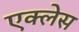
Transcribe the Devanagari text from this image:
एक्लेस